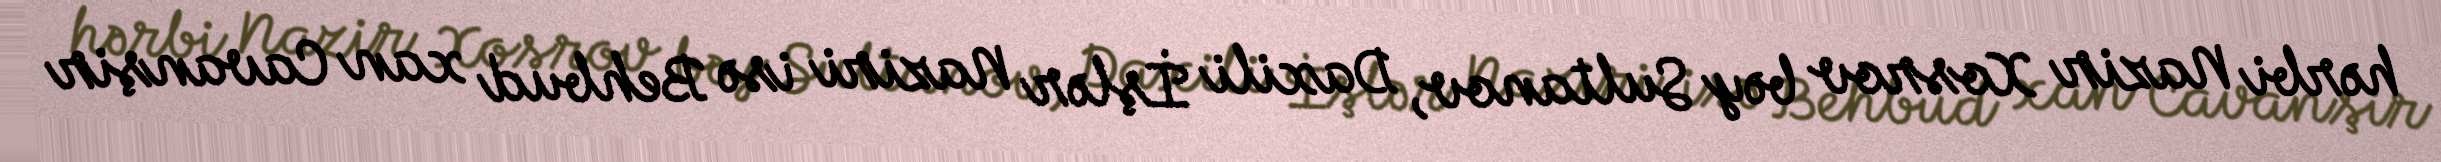
hərbi Nazir Xosrov bəy Sultanov, Daxili İşlər Naziri isə Behbud xan Cavanşir